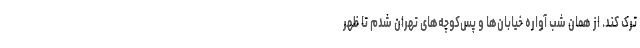
ترک کند. از همان شب آواره خیابان‌ها و پس‌کوچه‌های تهران شدم تا ظهر